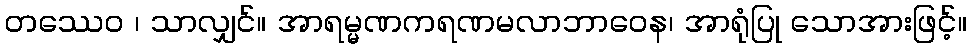
တဿေဝ ၊ သာလျှင်။ အာရမ္မဏကရဏမလာဘာဝေန၊ အာရုံပြု သောအားဖြင့်။